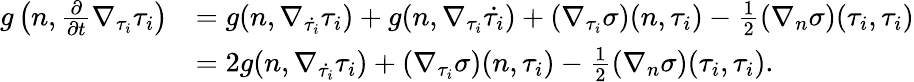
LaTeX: \begin{array}{rl}{g\left(n,\frac{\partial}{\partial t}\nabla_{\tau_{i}}\tau_{i}\right)}&{=g(n,\nabla_{\dot{\tau_{i}}}\tau_{i})+g(n,\nabla_{\tau_{i}}\dot{\tau_{i}})+(\nabla_{\tau_{i}}\sigma)(n,\tau_{i})-\frac{1}{2}(\nabla_{n}\sigma)(\tau_{i},\tau_{i})}\\ &{=2g(n,\nabla_{\dot{\tau_{i}}}\tau_{i})+(\nabla_{\tau_{i}}\sigma)(n,\tau_{i})-\frac{1}{2}(\nabla_{n}\sigma)(\tau_{i},\tau_{i}).}\end{array}